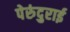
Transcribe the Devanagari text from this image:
पेरुंदुराई